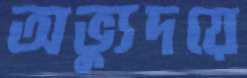
অভ্যুদয়ে